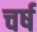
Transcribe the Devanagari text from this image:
चर्ष